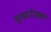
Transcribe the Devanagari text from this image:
सुखदेववर